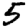
Digit: 5